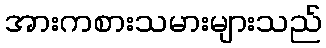
အားကစားသမားများသည်